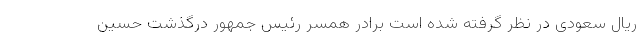
ریال سعودی در نظر گرفته شده است برادر همسر رئیس جمهور درگذشت حسین